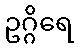
ဥဂ္ဂိရေ